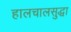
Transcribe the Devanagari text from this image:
हालचालसुद्धा